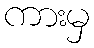
ကားမှ